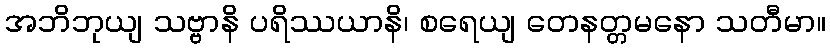
အဘိဘုယျ သဗ္ဗာနိ ပရိဿယာနိ၊ စရေယျ တေနတ္တမနော သတီမာ။